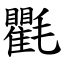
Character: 氍